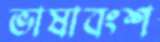
ভাষাবংশ